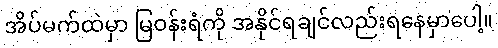
အိပ်မက်ထဲမှာ မြဝန်းရံကို အနိုင်ရချင်လည်းရနေမှာပေါ့။